Source: Handwritten
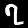
Digit: ၇ (7)